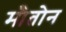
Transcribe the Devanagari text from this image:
मौतोन